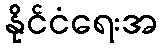
နိုင်ငံရေးအ